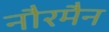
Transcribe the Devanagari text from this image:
नौरमैन